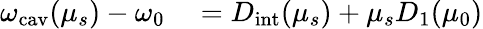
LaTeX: \begin{array}{rl}{\omega_{\mathrm{cav}}(\mu_{s})-\omega_{0}}&{{}=D_{\mathrm{int}}(\mu_{s})+\mu_{s}D_{1}({\mu}_{0})}\end{array}